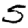
Digit: 5